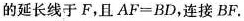
的延长线于F，且$$AF=BD$$，连接BF。